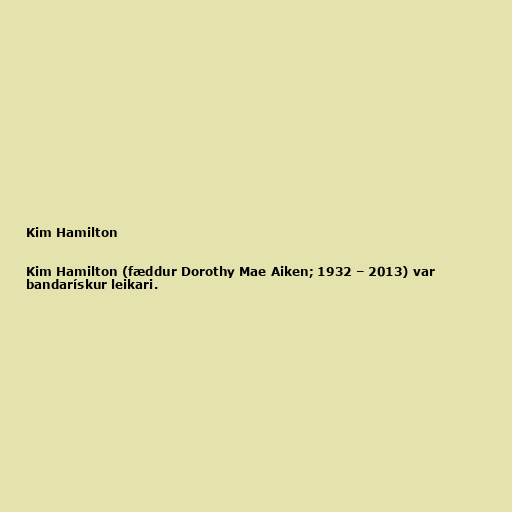
Kim Hamilton

Kim Hamilton (fæddur Dorothy Mae Aiken; 1932 – 2013) var
bandarískur leikari.